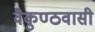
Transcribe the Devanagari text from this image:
वैकुण्ठवासी